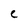
Character: C